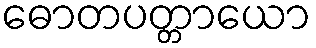
ဓောတပတ္တာယော